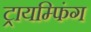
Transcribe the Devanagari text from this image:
ट्रायम्फिंग